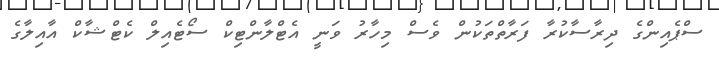
ސްޕެއިންގެ ދިރާސާކުރާ ފަރާތްތަކުން ވެސް މިހާރު ވަނީ އެޓްލާންޓިކް ސޯޓެއިލް ކެޓްޝާކް އާއިލާގެ